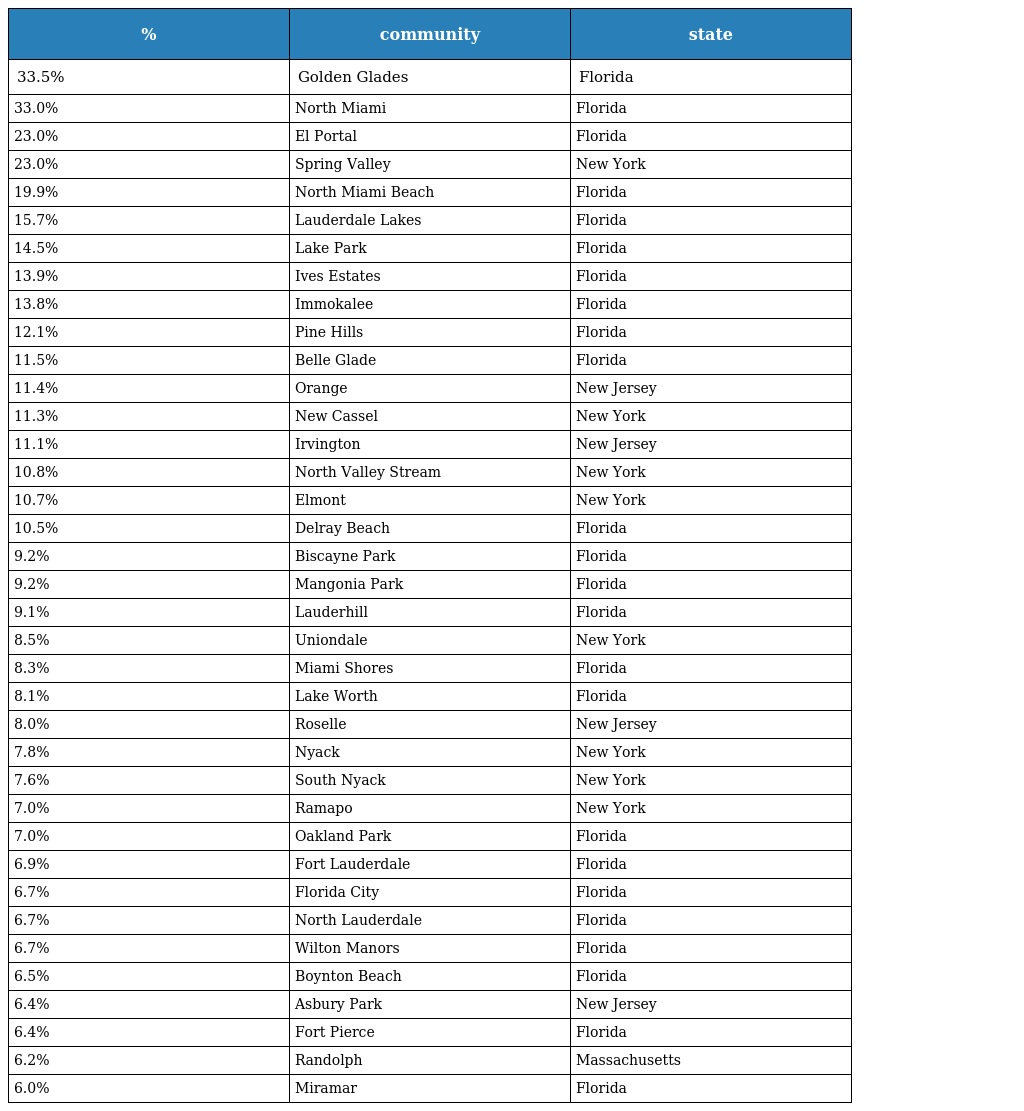
| % | community | state |
 | --- | --- | --- |
 | 33.5% | Golden Glades | Florida |
 | 33.0% | North Miami | Florida |
 | 23.0% | El Portal | Florida |
 | 23.0% | Spring Valley | New York |
 | 19.9% | North Miami Beach | Florida |
 | 15.7% | Lauderdale Lakes | Florida |
 | 14.5% | Lake Park | Florida |
 | 13.9% | Ives Estates | Florida |
 | 13.8% | Immokalee | Florida |
 | 12.1% | Pine Hills | Florida |
 | 11.5% | Belle Glade | Florida |
 | 11.4% | Orange | New Jersey |
 | 11.3% | New Cassel | New York |
 | 11.1% | Irvington | New Jersey |
 | 10.8% | North Valley Stream | New York |
 | 10.7% | Elmont | New York |
 | 10.5% | Delray Beach | Florida |
 | 9.2% | Biscayne Park | Florida |
 | 9.2% | Mangonia Park | Florida |
 | 9.1% | Lauderhill | Florida |
 | 8.5% | Uniondale | New York |
 | 8.3% | Miami Shores | Florida |
 | 8.1% | Lake Worth | Florida |
 | 8.0% | Roselle | New Jersey |
 | 7.8% | Nyack | New York |
 | 7.6% | South Nyack | New York |
 | 7.0% | Ramapo | New York |
 | 7.0% | Oakland Park | Florida |
 | 6.9% | Fort Lauderdale | Florida |
 | 6.7% | Florida City | Florida |
 | 6.7% | North Lauderdale | Florida |
 | 6.7% | Wilton Manors | Florida |
 | 6.5% | Boynton Beach | Florida |
 | 6.4% | Asbury Park | New Jersey |
 | 6.4% | Fort Pierce | Florida |
 | 6.2% | Randolph | Massachusetts |
 | 6.0% | Miramar | Florida |